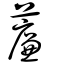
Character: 薕